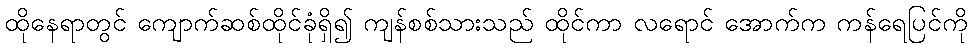
ထိုနေရာတွင် ကျောက်ဆစ်ထိုင်ခုံရှိ၍ ကျန်စစ်သားသည် ထိုင်ကာ လရောင် အောက်က ကန်ရေပြင်ကို